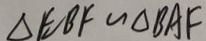
\Delta E B F \sim \Delta B A F